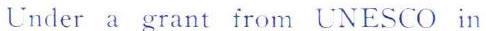
Under a grant from UNESCO in